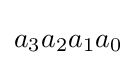
a_{3}a_{2}a_{1}a_{0}